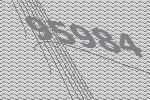
95984